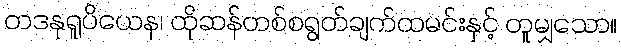
တဒနုရူပိယေန၊ ထိုဆန်တစ်စရွတ်ချက်ထမင်းနှင့် တူမျှသော။